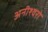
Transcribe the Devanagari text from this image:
अनीश्वरो